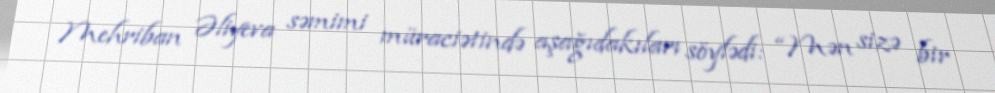
Mehriban Əliyeva səmimi müraciətində aşağıdakıları söylədi: “Mən sizə bir